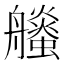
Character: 𧔶